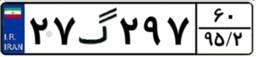
۲۷گ۲۹۷۶۰